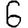
Digit: 6